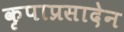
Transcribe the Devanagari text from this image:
कृपाप्रसादेन